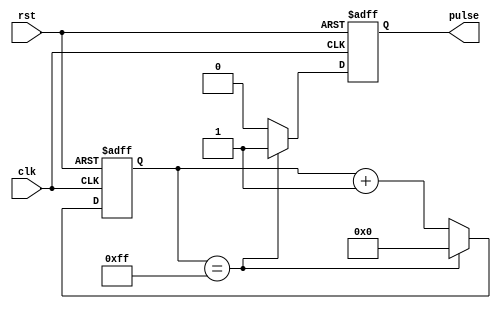
module synchronous_pulse_generator (
    input wire clk,  // clock input
    input wire rst,  // reset input
    output reg pulse // output pulse signal
);

reg [7:0] counter; // 8-bit counter to determine pulse width

always @ (posedge clk or posedge rst) begin
    if (rst) begin
        pulse <= 0; // reset pulse signal
        counter <= 8'b0; // reset counter
    end else begin
        if (counter == 8'b11111111) begin
            pulse <= 1; // set pulse high when counter reaches max value
            counter <= 8'b0; // reset counter
        end else begin
            counter <= counter + 1; // increment counter
            pulse <= 0; // set pulse low
        end
    end
end

endmodule